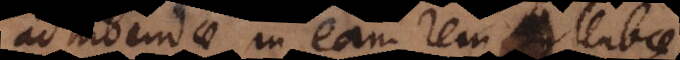
adhibendae in eam rem syllabae,